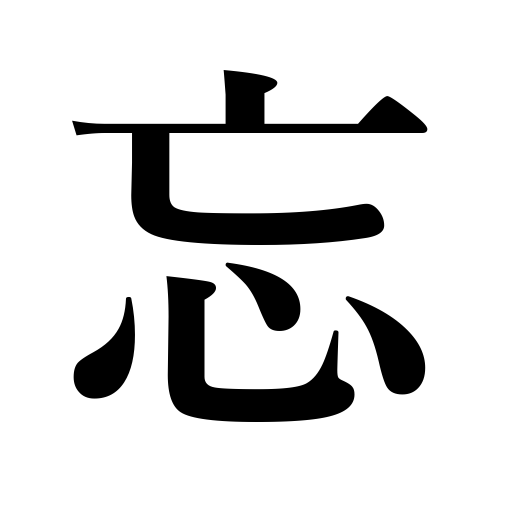
Meanings: be forgetful of,forget about,forget,forget an article